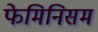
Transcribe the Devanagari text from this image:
फेमिनिसम